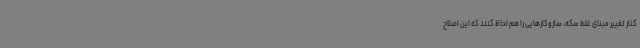
کنار تغییر مبنای غلط سکه، سازوکارهایی را هم لحاظ کنند که این اصلاح